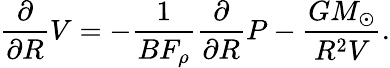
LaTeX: \frac{\partial}{\partial R}V=-\frac{1}{BF_{\rho}}\frac{\partial}{\partial R}P-\frac{GM_{\odot}}{R^{2}V}.